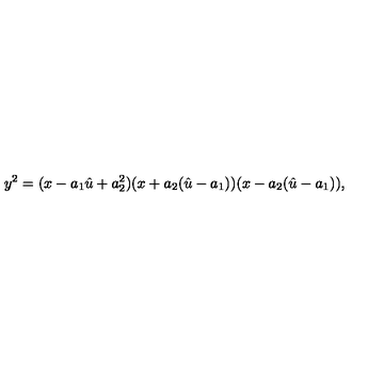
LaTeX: y ^ { 2 } = ( x - a _ { 1 } \hat { u } + a _ { 2 } ^ { 2 } ) ( x + a _ { 2 } ( \hat { u } - a _ { 1 } ) ) ( x - a _ { 2 } ( \hat { u } - a _ { 1 } ) ) ,